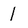
Character: 1